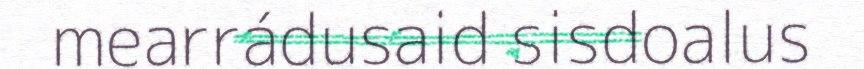
mearrádusaid sisdoalus